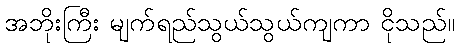
အဘိုးကြီး မျက်ရည်သွယ်သွယ်ကျကာ ငိုသည်။